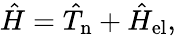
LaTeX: \hat{H}=\hat{T}_{\mathrm{n}}+\hat{H}_{\mathrm{el}},